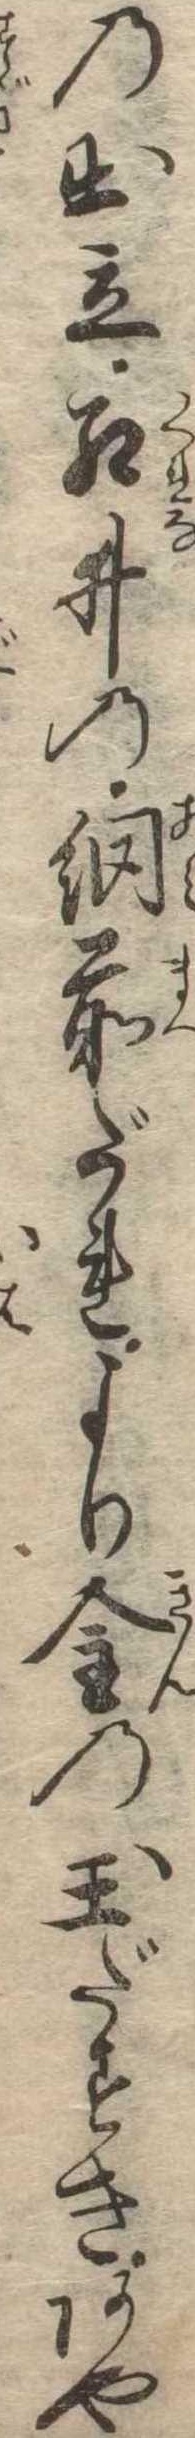
の出立紅ゐの網前だれより金の玉だすきあや